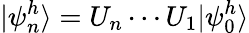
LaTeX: |\psi_{n}^{h}\rangle=U_{n}\cdots U_{1}|\psi_{0}^{h}\rangle